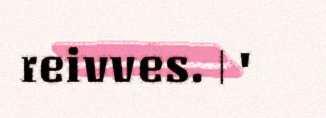
reivves. | '